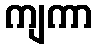
ကျကာ